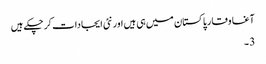
آغا وقار پاکستان میں ہی ہیں اور نئی ایجادات کر چکے ہیں
3 ۔